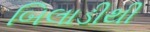
બિલાડીથી